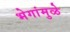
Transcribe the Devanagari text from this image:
भेगांमुळे